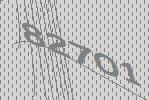
82701